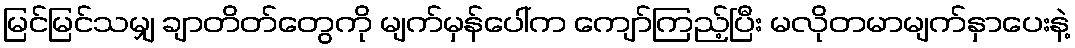
မြင်မြင်သမျှ ချာတိတ်တွေကို မျက်မှန်ပေါ်က ကျော်ကြည့်ပြီး မလိုတမာမျက်နှာပေးနဲ့